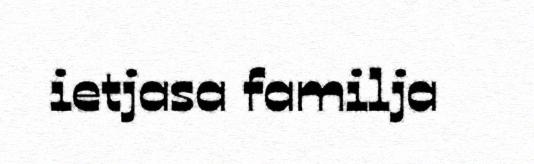
ietjasa familja